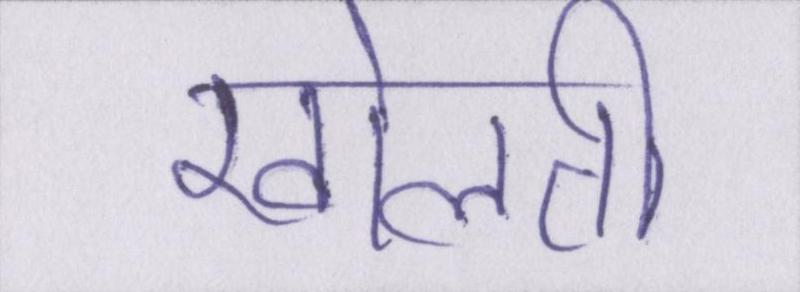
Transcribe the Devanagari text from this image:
खोलती